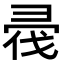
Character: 𢑟